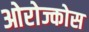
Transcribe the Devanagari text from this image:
ओरोज्कोस